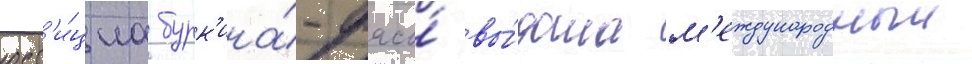
юст'и́циа бурк'ина́-фасо́ вы́дала м'еждународныи